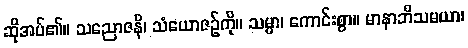
ဆိုအပ်၏။ သညောဇနိ၊ သံယောဇဉ်ကို။ သမ္မာ၊ ကောင်းစွာ။ မာနာဘိသမယာ၊